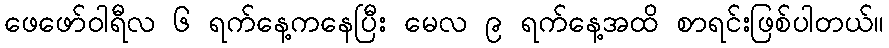
ဖေဖော်ဝါရီလ ၆ ရက်နေ့ကနေပြီး မေလ ၉ ရက်နေ့အထိ စာရင်းဖြစ်ပါတယ်။